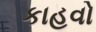
કાહવો